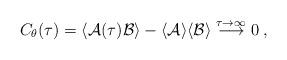
LaTeX: \begin{align*}C_\theta(\tau) = \langle {\cal A} (\tau) {\cal B} \rangle -\langle {\cal A } \rangle \langle {\cal B} \rangle\stackrel{\tau \rightarrow \infty}{\longrightarrow} 0 \; ,\end{align*}